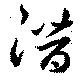
潛